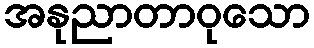
အနုညာတာဝုသော